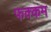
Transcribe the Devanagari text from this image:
फक्कम